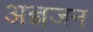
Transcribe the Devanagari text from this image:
अज्ञजन